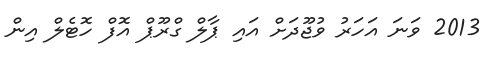
2013 ވަނަ އަހަރު ވުޖޫދަށް އައި ޕާލް ގްރޫޕް އޮފް ހޮޓެލް އިން